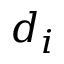
d _ { i }